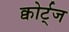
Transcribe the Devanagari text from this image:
क्वोर्ट्‌ज